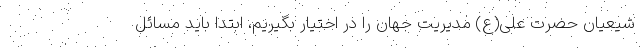
شیعیان حضرت علی(ع) مدیریت جهان را در اختیار بگیریم، ابتدا باید مسائل